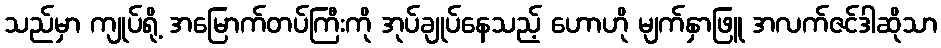
သည်မှာ ကျုပ်ရို့ အမြောက်တပ်ကြီးကို အုပ်ချုပ်နေသည့် ဟောဟို မျက်နှာဖြူ အလက်ဇင်ဒါဆိုသာ